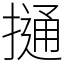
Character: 𢳟